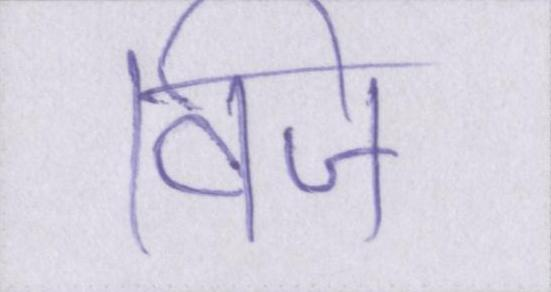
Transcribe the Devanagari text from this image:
विज